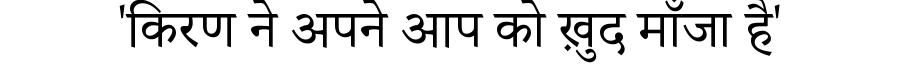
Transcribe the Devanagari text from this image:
'किरण ने अपने आप को ख़ुद माँजा है'